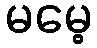
မမေ့